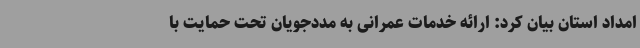
امداد استان بیان کرد: ارائه خدمات عمرانی به مددجویان تحت حمایت با